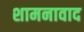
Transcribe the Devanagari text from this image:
शामनावाद